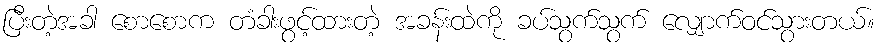
ပြီးတဲ့အခါ စောစောက တံခါးဖွင့်ထားတဲ့ အခန်းထဲကို ခပ်သွက်သွက် လျှောက်ဝင်သွားတယ်။